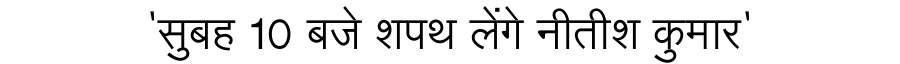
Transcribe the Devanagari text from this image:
'सुबह 10 बजे शपथ लेंगे नीतीश कुमार'